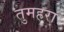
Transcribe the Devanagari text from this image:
तुमहरा